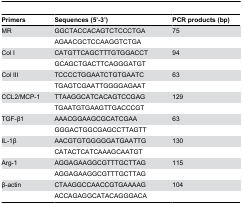
<table><thead><tr><td><b>Primers</b></td><td><b>Sequences (5’-3’)</b></td><td><b>PCR products (bp)</b></td></tr></thead><tbody><tr><td>MR</td><td>GGCTACCACAGTCTCCCTGA</td><td>75</td></tr><tr><td></td><td>AGAACGCTCCAAGGTCTGA</td><td></td></tr><tr><td>Col I</td><td>CATGTTCAGCTTTGTGGACCT</td><td>94</td></tr><tr><td></td><td>GCAGCTGACTTCAGGGATGT</td><td></td></tr><tr><td>Col III</td><td>TCCCCTGGAATCTGTGAATC</td><td>63</td></tr><tr><td></td><td>TGAGTCGAATTGGGGAGAAT</td><td></td></tr><tr><td>CCL2/MCP-1</td><td>TTAAGGCATCACAGTCCGAG</td><td>129</td></tr><tr><td></td><td>TGAATGTGAAGTTGACCCGT</td><td></td></tr><tr><td>TGF-β1</td><td>AAACGGAAGCGCATCGAA</td><td>63</td></tr><tr><td></td><td>GGGACTGGCGAGCCTTAGTT</td><td></td></tr><tr><td>IL-1β</td><td>AACGTGTGGGGGATGAATTG</td><td>130</td></tr><tr><td></td><td>CATACTCATCAAAGCAATGT</td><td></td></tr><tr><td>Arg-1</td><td>AGGAGAAGGCGTTTGCTTAG</td><td>115</td></tr><tr><td></td><td>AGGAGAAGGCGTTTGCTTAG</td><td></td></tr><tr><td>β-actin</td><td>CTAAGGCCAACCGTGAAAAG</td><td>104</td></tr><tr><td></td><td>ACCAGAGGCATACAGGGACA</td><td></td></tr></tbody></table>